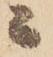
ニ